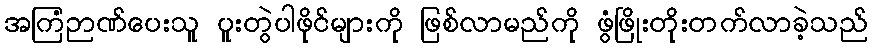
အကြံဉာဏ်ပေးသူ ပူးတွဲပါဖိုင်များကို ဖြစ်လာမည်ကို ဖွံဖြိုးတိုးတက်လာခဲ့သည်